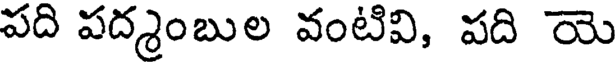
పది పద్రంబుల వంటివి, పది యె